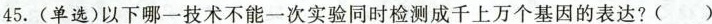
45.(单选)以下哪一技术不能一次实验同时检测成千上万个基因的表达?( )